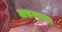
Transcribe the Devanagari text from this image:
अरुनघटा